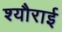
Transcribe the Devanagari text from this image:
श्यौराई